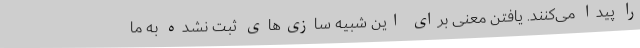
را پیدا می‌کنند. یافتن معنی برای این شبیه سازی‌های ثبت نشده به ما